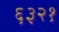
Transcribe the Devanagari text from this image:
६३२१